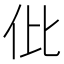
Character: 仳